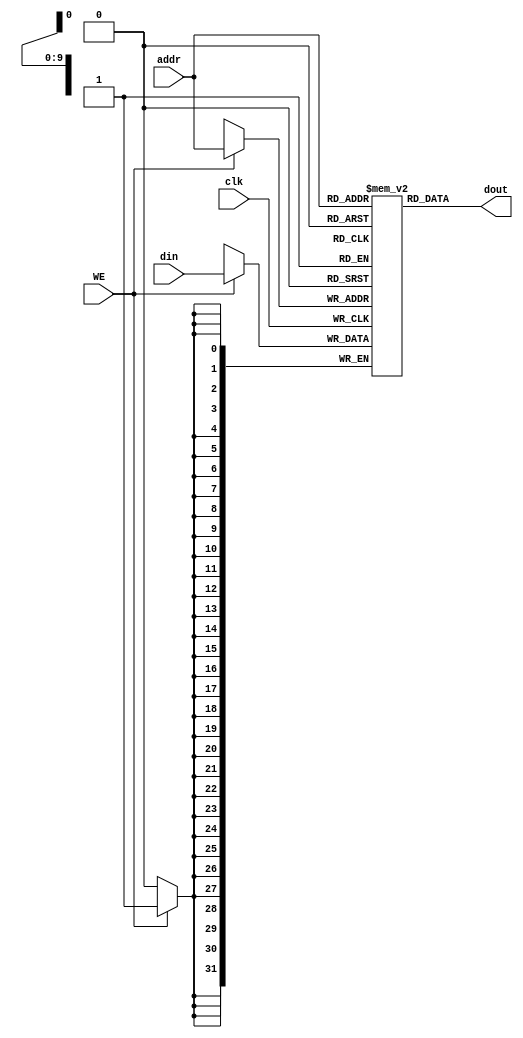
module ram(clk, addr, din, WE, dout);

    input clk, WE;
    input [9:0] addr;
    input [31:0] din;
    output [31:0] dout;

    reg [31:0] mem[0:1023];

    assign dout = mem[addr];

    always @(posedge clk) begin
        if (WE) begin
            mem[addr] <= din;
        end
    end

    integer i;
    initial begin
        for (i=0; i<1024; i=i+1) begin
            mem[i] = 0;
        end
    end

endmodule